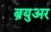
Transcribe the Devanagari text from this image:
ब्रयुअर